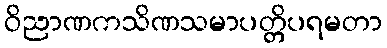
ဝိညာဏကသိဏသမာပတ္တိပရမတာ